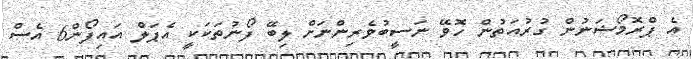
އެ ޕްރޮމޯޝަނުން ގުރުއަތުން ހޮވޭ ނަސީބުވެރިންނަށް ލިބޭ ފޯނުތަކަކީ އެޕަލް އައިފޯން6 އެސް